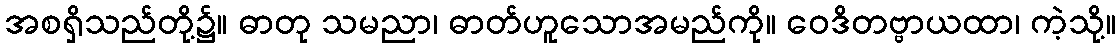
အစရှိသည်တို့၌။ ဓာတု သမညာ၊ ဓာတ်ဟူသောအမည်ကို။ ဝေဒိတဗ္ဗာယထာ၊ ကဲ့သို့။